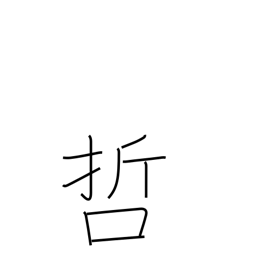
Meaning: philosophy